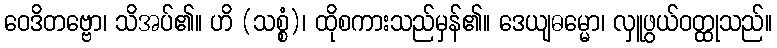
ဝေဒိတဗ္ဗော၊ သိအပ်၏။ ဟိ (သစ္စံ)၊ ထိုစကားသည်မှန်၏။ ဒေယျဓမ္မော၊ လှူဖွယ်ဝတ္ထုသည်။